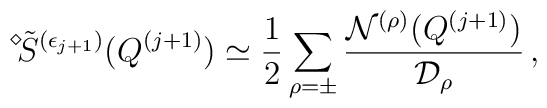
\displaystyle{ \raisebox{1.1ex}{\scriptsize{$\diamond$}}} \mbox{\hspace{-0.33ex}} \tilde{S}^{(\epsilon_{j + 1})} (Q^{(j + 1)}) \simeq \frac{1}{2} \sum_{\rho = \pm} \frac{{\cal N}^{(\rho)} (Q^{(j + 1)})}{{\cal D}_\rho} \, ,